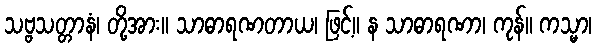
သဗ္ဗသတ္တာနံ၊ တို့အား။ သာဓာရဏတာယ၊ ဖြင့်။ န သာဓာရဏာ၊ ကုန်။ ကသ္မာ၊